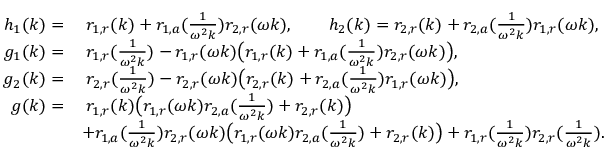
\begin{array} { r l } { h _ { 1 } ( k ) = } & { \; r _ { 1 , r } ( k ) + r _ { 1 , a } ( \frac { 1 } { \omega ^ { 2 } k } ) r _ { 2 , r } ( \omega k ) , \qquad h _ { 2 } ( k ) = r _ { 2 , r } ( k ) + r _ { 2 , a } ( \frac { 1 } { \omega ^ { 2 } k } ) r _ { 1 , r } ( \omega k ) , } \\ { g _ { 1 } ( k ) = } & { \; r _ { 1 , r } ( \frac { 1 } { \omega ^ { 2 } k } ) - r _ { 1 , r } ( \omega k ) \big ( r _ { 1 , r } ( k ) + r _ { 1 , a } ( \frac { 1 } { \omega ^ { 2 } k } ) r _ { 2 , r } ( \omega k ) \big ) , } \\ { g _ { 2 } ( k ) = } & { \; r _ { 2 , r } ( \frac { 1 } { \omega ^ { 2 } k } ) - r _ { 2 , r } ( \omega k ) \big ( r _ { 2 , r } ( k ) + r _ { 2 , a } ( \frac { 1 } { \omega ^ { 2 } k } ) r _ { 1 , r } ( \omega k ) \big ) , } \\ { g ( k ) = } & { \; r _ { 1 , r } ( k ) \big ( r _ { 1 , r } ( \omega k ) r _ { 2 , a } ( \frac { 1 } { \omega ^ { 2 } k } ) + r _ { 2 , r } ( k ) \big ) } \\ & { + r _ { 1 , a } ( \frac { 1 } { \omega ^ { 2 } k } ) r _ { 2 , r } ( \omega k ) \big ( r _ { 1 , r } ( \omega k ) r _ { 2 , a } ( \frac { 1 } { \omega ^ { 2 } k } ) + r _ { 2 , r } ( k ) \big ) + r _ { 1 , r } ( \frac { 1 } { \omega ^ { 2 } k } ) r _ { 2 , r } ( \frac { 1 } { \omega ^ { 2 } k } ) . } \end{array}